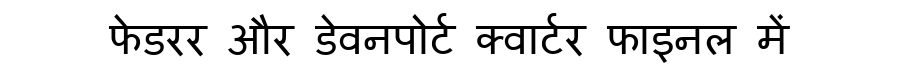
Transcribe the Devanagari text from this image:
फेडरर और डेवनपोर्ट क्वार्टर फाइनल में